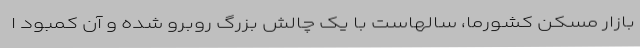
بازار مسکن کشورما، سالهاست با یک چالش بزرگ روبرو شده و آن کمبود ا